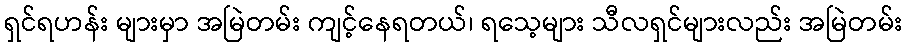
ရှင်ရဟန်း များမှာ အမြဲတမ်း ကျင့်နေရတယ်၊ ရသေ့များ သီလရှင်များလည်း အမြဲတမ်း